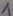
Text: 1